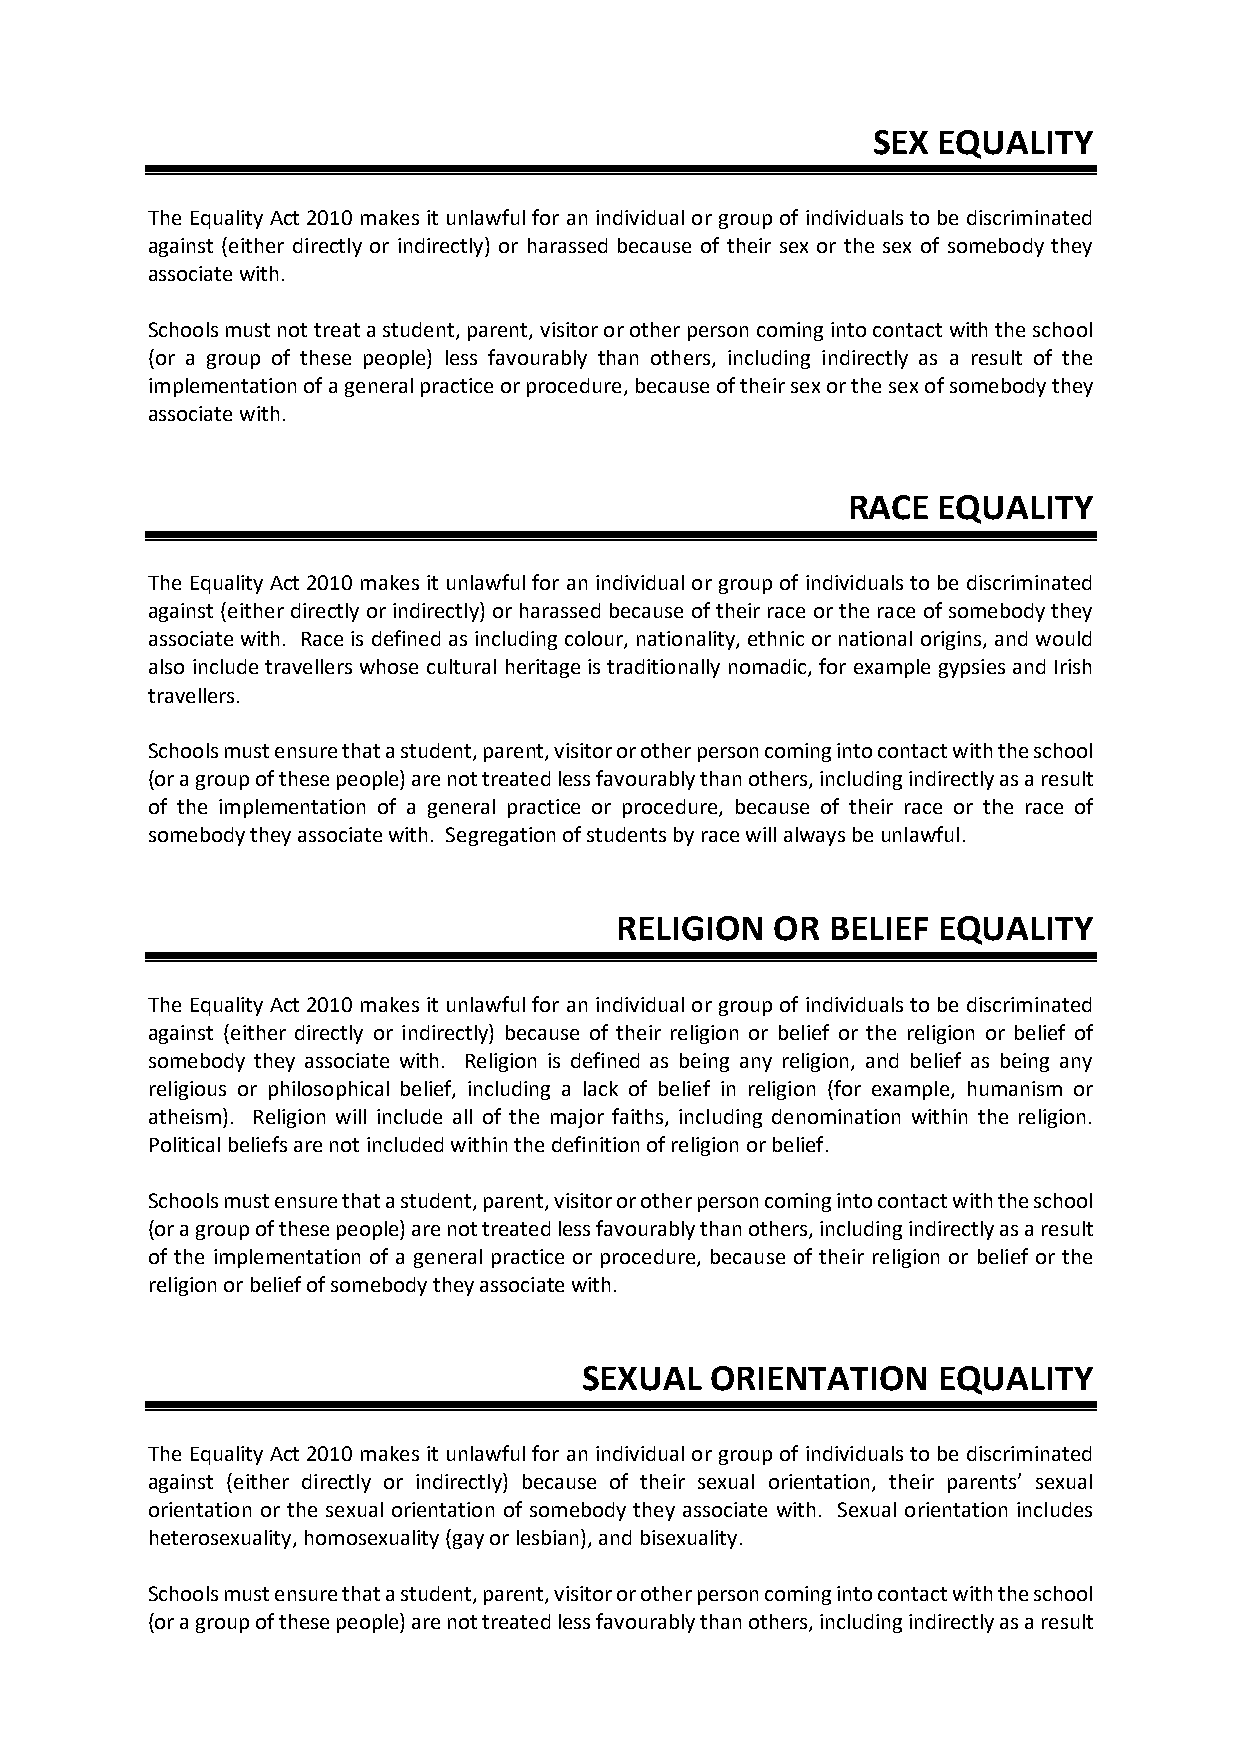
SEX EQUALITY
 The Equality Act 2010 makes it unlawful for an individual or group of individuals to be discriminated
 against (either directly or indirectly) or harassed because of their sex or the sex of somebody they
 associate with.
 Schools must not treat a student, parent, visitor or other person coming into contact with the school
 (or a group of these people) less favourably than others, including indirectly as a result of the
 implementation of a general practice or procedure, because of their sex or the sex of somebody they
 associate with.
 RACE  EQUALITY
 The Equality Act 2010 makes it unlawful for an individual or group of individuals to be discriminated
 against (either directly or indirectly) or harassed because of their race or the race of somebody they
 associate with. Race is defined as including colour, nationality, ethnic or national origins, and would
 also include travellers whose cultural heritage is traditionally nomadic, for example gypsies and Irish
 travellers.
 Schools must ensure that a student, parent, visitor or other person coming into contact with the school
 (or a group of these people) are not treated less favourably than others, including indirectly as a result
 of the implementation of a general practice or procedure, because of their race or the race of
 somebody they associate with. Segregation of students by race will always be unlawful.
 RELIGION  OR  BELIEF EQUALITY
 The Equality Act 2010 makes it unlawful for an individual or group of individuals to be discriminated
 against (either directly or indirectly) because of their religion or belief or the religion or belief of
 somebody they associate with. Religion is defined as being any religion, and belief as being any
 religious or philosophical belief, including a lack of belief in religion (for example, humanism or
 atheism). Religion will include all of the major faiths, including denomination within the religion.
 Political beliefs are not included within the definition of religion or belief.
 Schools must ensure that a student, parent, visitor or other person coming into contact with the school
 (or a group of these people) are not treated less favourably than others, including indirectly as a result
 of the implementation of a general practice or procedure, because of their religion or belief or the
 religion or belief of somebody they associate with.
 SEXUAL   ORIENTATION    EQUALITY
 The Equality Act 2010 makes it unlawful for an individual or group of individuals to be discriminated
 against (either directly or indirectly) because of their sexual orientation, their parents’ sexual
 orientation or the sexual orientation of somebody they associate with. Sexual orientation includes
 heterosexuality, homosexuality (gay or lesbian), and bisexuality.
 Schools must ensure that a student, parent, visitor or other person coming into contact with the school
 (or a group of these people) are not treated less favourably than others, including indirectly as a result